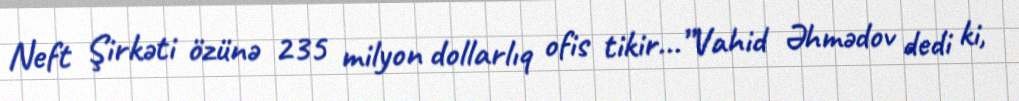
Neft Şirkəti özünə 235 milyon dollarlıq ofis tikir...”Vahid Əhmədov dedi ki,